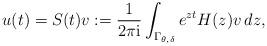
LaTeX: \begin{align*} u(t)= S(t) v:=\frac{1}{2\pi \mathrm{i}} \int_{\Gamma_{\theta,\delta}} e^{zt}H(z) v \,dz,\end{align*}